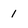
Character: 1